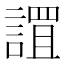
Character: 𮘬